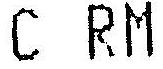
C RM